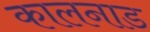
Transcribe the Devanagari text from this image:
कालनाड